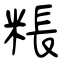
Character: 粻